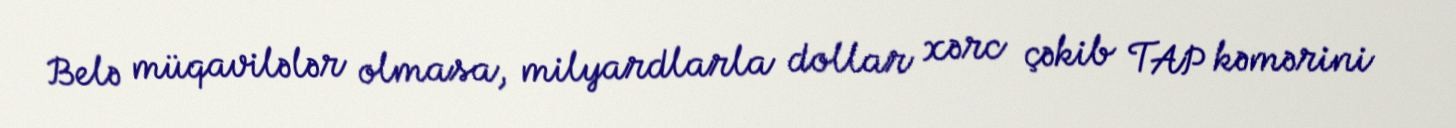
Belə müqavilələr olmasa, milyardlarla dollar xərc çəkib TAP kəmərini